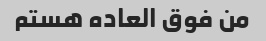
من فوق العاده هستم